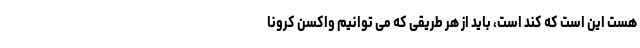
هست این است که کند است، باید از هر طریقی که می توانیم واکسن کرونا